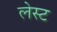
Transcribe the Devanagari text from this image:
लेस्ट